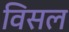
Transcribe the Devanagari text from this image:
विसल